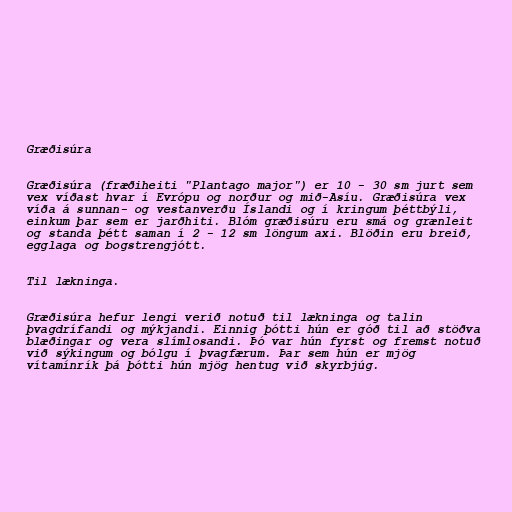
Græðisúra

Græðisúra (fræðiheiti "Plantago major") er 10 - 30 sm jurt sem
vex víðast hvar í Evrópu og norður og mið-Asíu. Græðisúra vex
víða á sunnan- og vestanverðu Íslandi og í kringum þéttbýli,
einkum þar sem er jarðhiti. Blóm græðisúru eru smá og grænleit
og standa þétt saman í 2 - 12 sm löngum axi. Blöðin eru breið,
egglaga og bogstrengjótt.

Til lækninga.

Græðisúra hefur lengi verið notuð til lækninga og talin
þvagdrífandi og mýkjandi. Einnig þótti hún er góð til að stöðva
blæðingar og vera slímlosandi. Þó var hún fyrst og fremst notuð
við sýkingum og bólgu í þvagfærum. Þar sem hún er mjög
vítamínrík þá þótti hún mjög hentug við skyrbjúg.